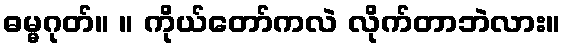
ဓမ္မဂုတ်။ ။ ကိုယ်တော်ကလဲ လိုက်တာဘဲလား။